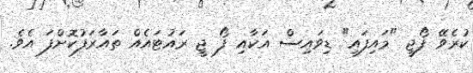
ކުރެވޭ ފޯޖީ "މަައިފައި" ޑިވައިސް އަކާއި ފޯ ޖީ ރައުޓައެއް ތައާރަފުކޮށްފަ އެވެ.